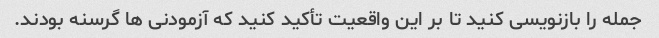
جمله را بازنویسی کنید تا بر این واقعیت تأکید کنید که آزمودنی ها گرسنه بودند.